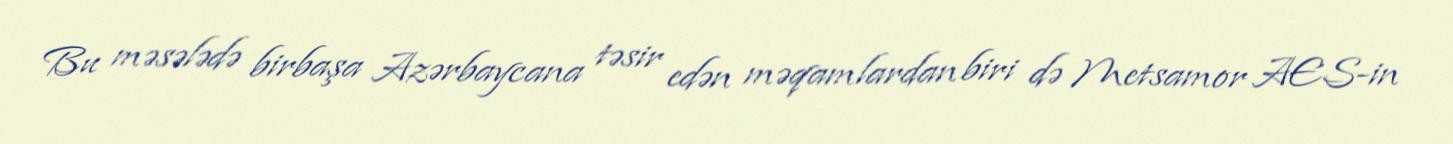
Bu məsələdə birbaşa Azərbaycana təsir edən məqamlardan biri də Metsamor AES-in